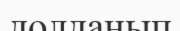
долданып